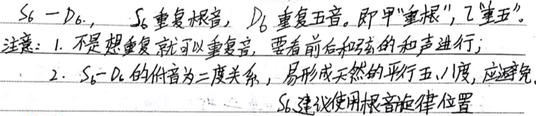
当出现\(S_{6}-D_{6}\)的情况时，\(S_{6}\)重复根音，\(D_{6}\)重复五音。即甲“重根”，乙“重五”。

注意：
1. 不是想重复就可以重复，要看前后和弦的和声进行；
2. \(S_{6}-D_{6}\)的低音为二度关系，易形成天然的平行五、八度，应避免，\(S_{6}\)建议使用根音旋律位置。